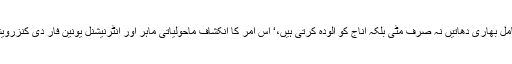
’اگرچہ آلودہ پانی میں بعض اجزا فصلوں کو بڑھاتے ہیں لیکن ان میں شامل بھاری دھاتیں نہ صرف مٹی بلکہ اناج کو آلودہ کرتی ہیں،‘ اس امر کا انکشاف ماحولیاتی ماہر اور انٹرنیشنل یونین فار دی کنزرویشن آف نیچر (آئی یو سی این) کے کے سابق کنسلٹنٹ رفیع الحق نے کیا۔